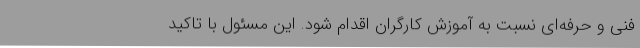
فنی و حرفه‌ای نسبت به آموزش کارگران اقدام شود. این مسئول با تاکید